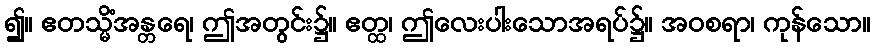
၍။ ဧတသ္မိံအန္တရေ၊ ဤအတွင်း၌။ ဧတ္ထ၊ ဤလေးပါးသောအရပ်၌။ အဝစရာ၊ ကုန်သော။